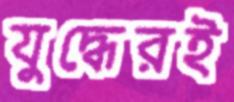
যুদ্ধেরই